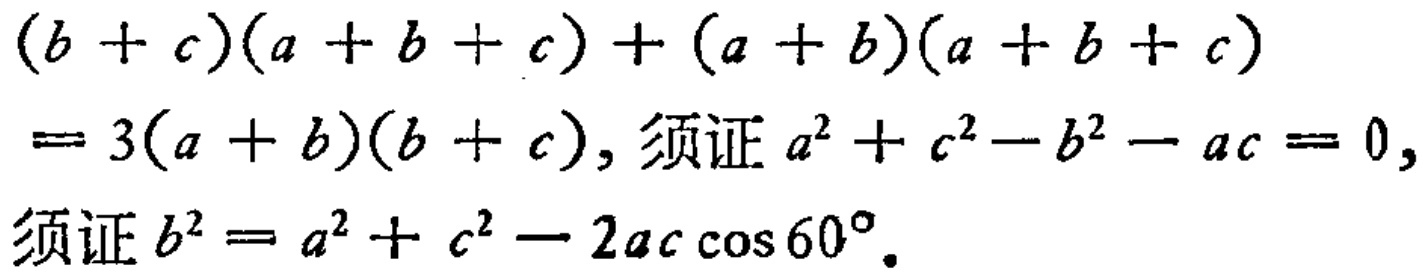
\((b + c)(a + b + c) + (a + b)(a + b + c)\)
\(= 3(a + b)(b + c)\), 须证\(a^{2} + c^{2} - b^{2} - ac = 0\),
须证\(b^{2} = a^{2} + c^{2} - 2ac\cos 60^{\circ}\).